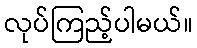
လုပ်ကြည့်ပါမယ်။